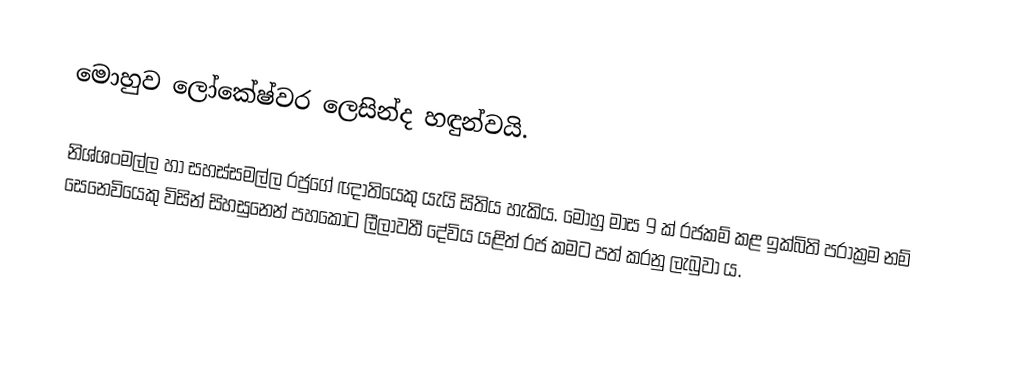
මොහුව ලෝකේෂ්වර ලෙසින්ද හඳුන්වයි.

නිශ්ශංමල්ල හා සහස්සමල්ල  රජුගේ ඥාතියෙකු යැයි සිතිය හැකිය. මොහු මාස 9 ක් රජකම් කළ ඉක්බිති පරාක්‍රම නම් සෙනෙවියෙකු විසින් සිහසුනෙන් පහකොට ලීලාවතී දේවිය යළිත් රජ කමට පත් කරනු ලැබුවා ය.